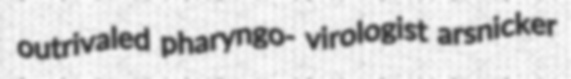
outrivaled pharyngo- virologist arsnicker